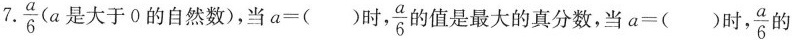
7.\frac{a}{6}( 是大于0的自然数)，当a=()时， \frac{a}{6} 的值是最大的真分数，当a=()时， \frac{a}{6} 的